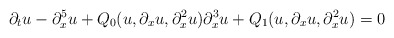
\begin{align*}\partial_tu - \partial_x^5u + Q_0(u,\partial_xu,\partial_x^2u)\partial_x^3u + Q_1(u,\partial_xu,\partial_x^2u)= 0\end{align*}